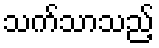
သက်သာသည့်